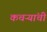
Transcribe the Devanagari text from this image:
कचऱ्यांची